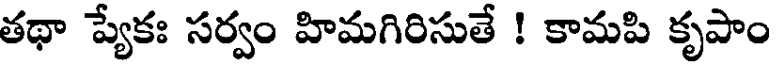
తథా ప్యేకః సర్వం హిమగిరిసుతే ! కామపి కృపాం